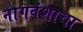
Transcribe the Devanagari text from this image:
नागवंशाचा